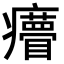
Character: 𤼁